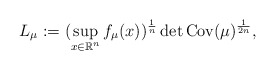
\begin{align*}L_{\mu }:=(\sup_{x\in {\mathbb R}^n} f_{\mu} (x))^{\frac{1}{n}} \det {\rm Cov}(\mu)^{\frac{1}{2n}},\end{align*}